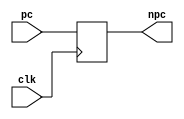
module programcounter( 
    output  reg [31:0]	npc	, 
	input [31:0] pc,
	input clk
	);				
	reg reset;
	
	initial begin
		reset = 1;
		#100 reset = 0;	
	end				  
	
	always @(posedge clk)
	begin
	    if(reset)
	        npc = 0 ;
	    else
	        npc = pc ;
	end
endmodule